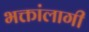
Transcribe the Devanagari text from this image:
भक्तांलागी